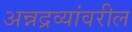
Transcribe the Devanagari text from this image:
अन्नद्रव्यांवरील